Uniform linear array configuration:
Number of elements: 24
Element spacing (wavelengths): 1
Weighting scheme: blackman
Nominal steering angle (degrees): -60
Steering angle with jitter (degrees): -59.979
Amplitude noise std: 0.05
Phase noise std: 0.05

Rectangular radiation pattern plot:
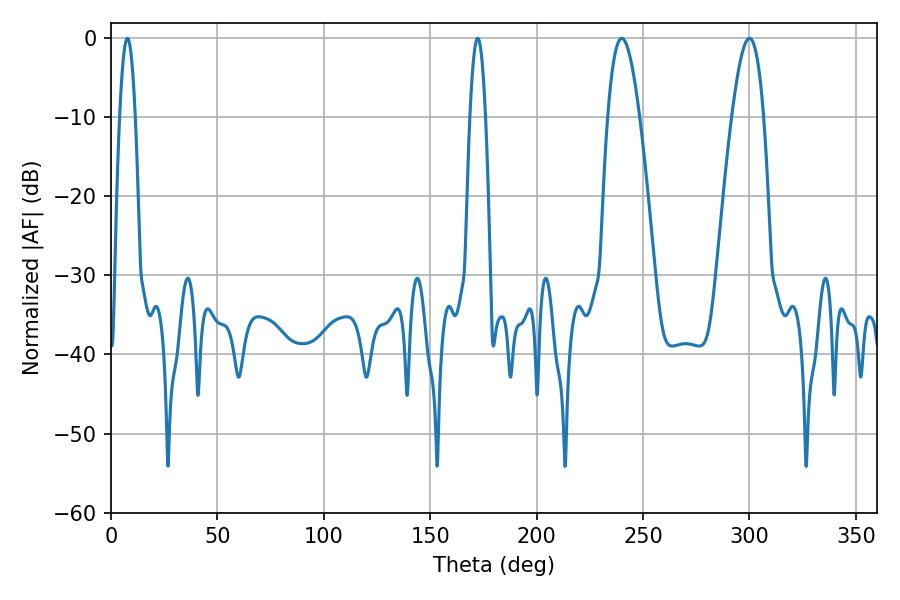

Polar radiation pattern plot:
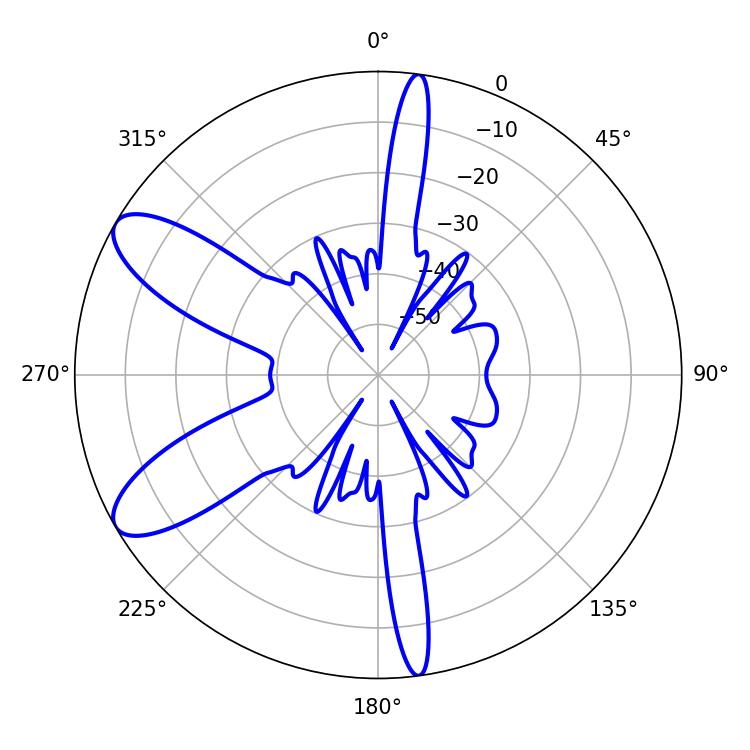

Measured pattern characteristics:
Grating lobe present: TRUE
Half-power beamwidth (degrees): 8.1
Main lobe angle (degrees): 239.94